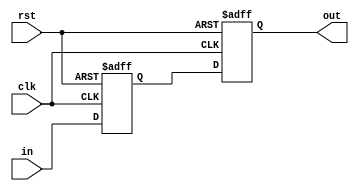
`timescale 1ns / 1ps
//////////////////////////////////////////////////////////////////////////////////
// Company: 
// Engineer: 
// 
// Design Name: 
// Module Name: synchronizer
// Project Name: 
// Target Devices: 
// Tool Versions: 
// Description: 
// 
// Dependencies: 
// 
// Revision:
// Revision 0.01 - File Created
// Additional Comments:
// 
//////////////////////////////////////////////////////////////////////////////////

module synchronizer(input clk, rst, in, output out);
reg q1,q2;
always@(posedge clk, posedge rst) begin
 if(rst == 1'b1) begin
 q1 <= 0;
 q2 <= 0;
 end
 else begin
 q1 <= in;
 q2 <= q1;
 end
end
assign out = q2;

endmodule